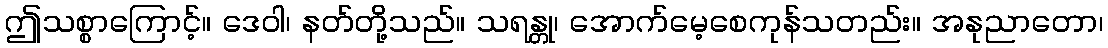
ဤသစ္စာကြောင့်။ ဒေဝါ၊ နတ်တို့သည်။ သရန္တု၊ အောက်မေ့စေကုန်သတည်း။ အနုညာတော၊